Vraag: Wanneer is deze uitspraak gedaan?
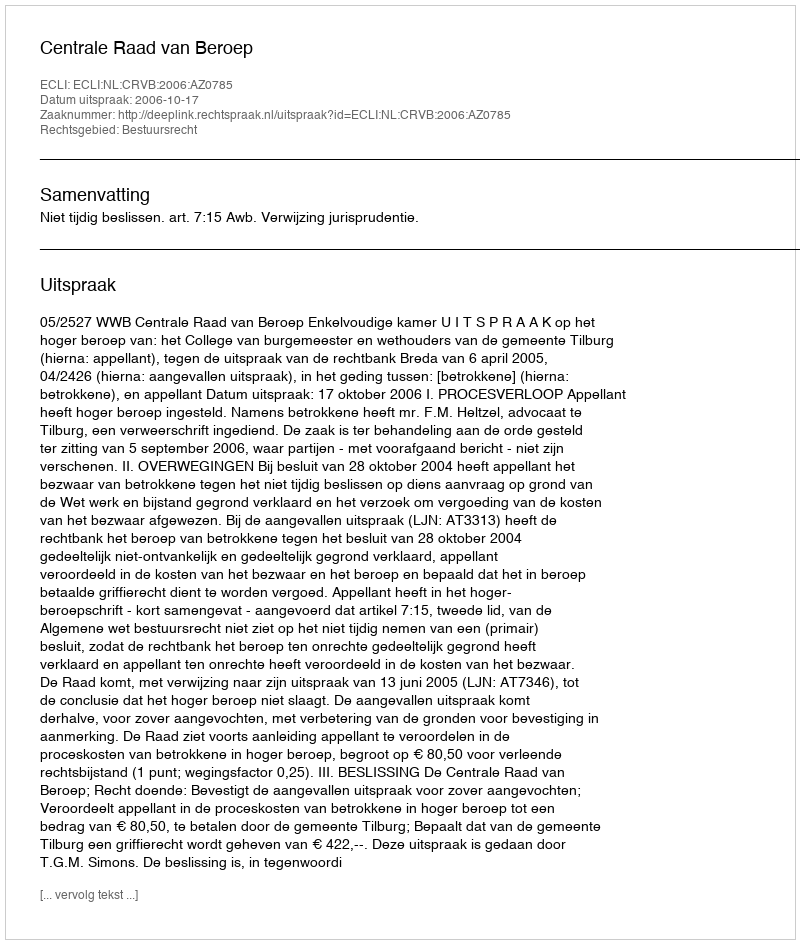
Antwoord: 2006-10-17